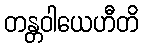
တန္တဝါယေဟီတိ